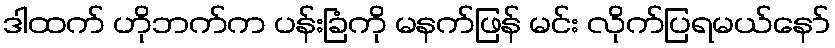
ဒါထက် ဟိုဘက်က ပန်းခြံကို မနက်ဖြန် မင်း လိုက်ပြရမယ်နော်